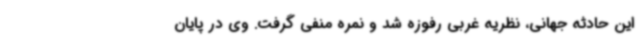
این حادثه جهانی، نظریه غربی رفوزه شد و نمره منفی گرفت. وی در پایان